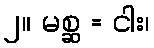
၂။ မစ္ဆ = ငါး၊